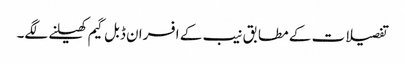
تفصیلات کے مطابق نیب کے افسران ڈبل گیم کھیلنے لگے۔